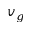
v _ { g }